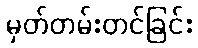
မှတ်တမ်းတင်ခြင်း